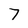
Character: 7